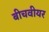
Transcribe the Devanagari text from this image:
बीचवीयर